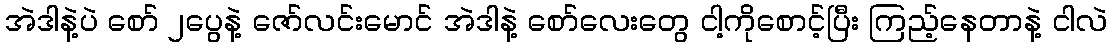
အဲဒါနဲ့ပဲ စော် ၂ပွေနဲ့ ဇော်လင်းမောင် အဲဒါနဲ့ စော်လေးတွေ ငါ့ကိုစောင့်ပြီး ကြည့်နေတာနဲ့ ငါလဲ